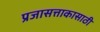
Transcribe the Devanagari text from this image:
प्रजासत्ताकासाठी